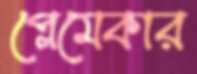
প্লেমেকার